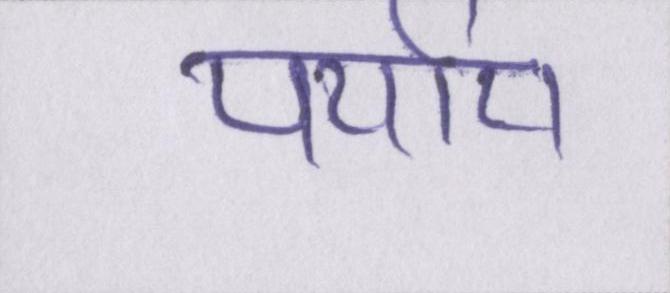
पर्याय